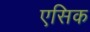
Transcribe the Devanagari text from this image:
एसिक